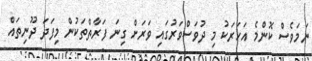
ނަމަވެސް ކޮންމެ އަހަރަކު މި ދުވަސްވަރުގައި ވަރަށް ގިނަ ފަރާތްތަކުން މިފަދަ ދޫނިތައް